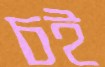
চই